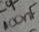
Text: 100nF